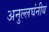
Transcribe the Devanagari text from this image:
अनुल्लघंनीय